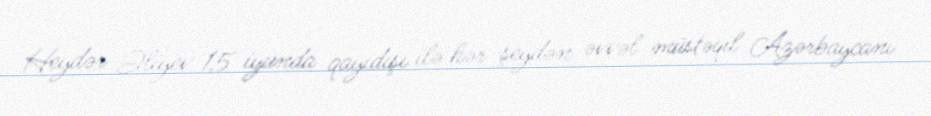
Heydər Əliyev 15 iyunda qayıdışı ilə hər şeydən əvvəl müstəqil Azərbaycanı